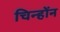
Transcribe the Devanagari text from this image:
चिन्होंन